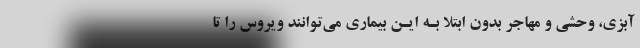
آبزی، وحشی و مهاجر بدون ابتلا بـه ایـن بیماری می‌توانند ویروس را تا